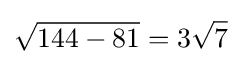
{\sqrt {144-81}}=3{\sqrt {7}}